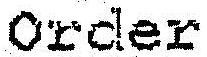
ORDER